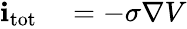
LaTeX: \begin{array}{rl}{\mathbf{i}_{\mathrm{tot}}}&{{}=-\sigma\nabla V}\end{array}